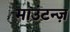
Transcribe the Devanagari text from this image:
माउंटन्ज़